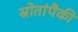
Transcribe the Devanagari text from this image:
स्रोतांपैकी